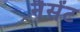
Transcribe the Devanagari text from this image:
नैसेंट